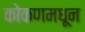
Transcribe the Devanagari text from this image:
कोकणमधून